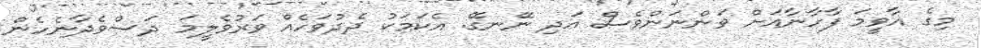
މިގެ އާވީމަ ފާހާނާއަށް ވަންނަންވެސް އަދި ނޭނގޭ. އެކަމަކު ދެދުވަހެއް ވަރުވެލީމަ ދަސްވެދާނެހެން